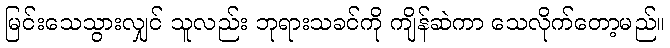
မြင်းသေသွားလျှင် သူလည်း ဘုရားသခင်ကို ကျိန်ဆဲကာ သေလိုက်တော့မည်။